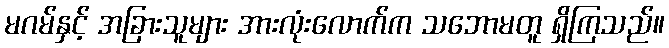
မဂမ်နှင့် အခြားသူများ အားလုံးလောက်က သဘောမတူ ရှိကြသည်။